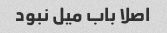
اصلا باب میل نبود